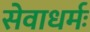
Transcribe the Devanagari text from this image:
सेवाधर्मः